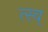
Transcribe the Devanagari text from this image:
त्स्व्